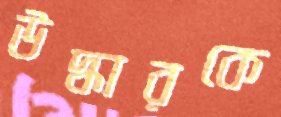
উদ্ধারকে